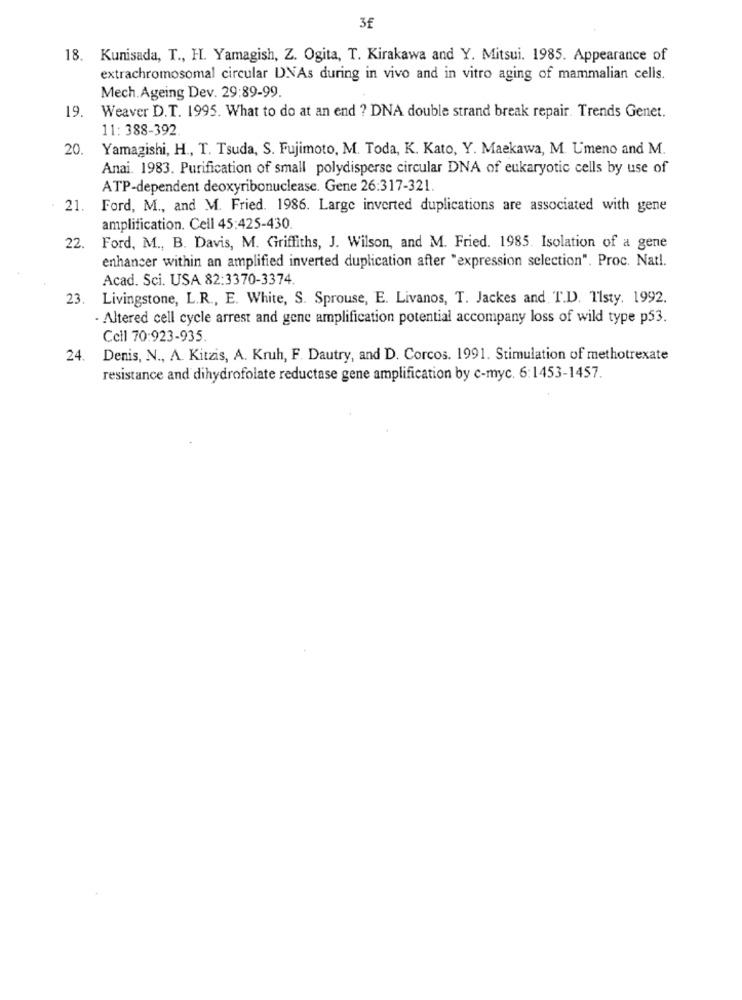
3f
18. Kunisada, T ., H. Yamagish, Z. Ogita, T. Kirakawa and Y. Mitsui. 1985. Appearance of
extrachromosomal circular DNAs during in vivo and in vitro aging of mammalian cells.
Mech.Ageing Dev. 29:89-99.
19.
Weaver D.T. 1995. What to do at an end ? DNA double strand break repair. Trends Genet.
11: 388-392
20.
Yamagishi, H ., T. Tsuda, S. Fujimoto, M. Toda, K. Kato, Y. Maekawa, M U'meno and M.
Anai. 1983. Purification of small polydisperse circular DNA of eukaryotic cells by use of
ATP-dependent deoxyribonuclease. Gene 26:317-321.
21. Ford, M ., and M. Fried. 1986. Large inverted duplications are associated with gene
amplification. Cell 45:425-430.
22. Ford, M ., B. Davis, M. Griffiths, J. Wilson, and M. Fried. 1985. Isolation of a gene
enhancer within an amplified inverted duplication after "expression selection". Proc. Nat !.
Acad. Sci. USA 82:3370-3374.
23
Livingstone, L.R ., E. White, S. Sprouse, E. Livanos, T. Jackes and T.D. TIsty. 1992.
- Altered cell cycle arrest and gene amplification potential accompany loss of wild type p53.
Cell 70:923-935
24.
Denis, N ., A. Kitzis, A. Kruh, F. Dautry, and D. Corcos. 1991. Stimulation of methotrexate
resistance and dihydrofolate reductase gene amplification by c-myc. 6:1453-1457.